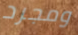
ومجرد